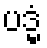
ပဒ္မံ